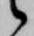
候